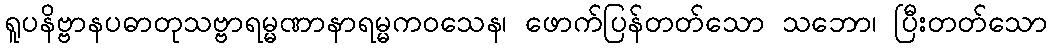
ရူပနိဗ္ဗာနပဓာတုသဗ္ဗာရမ္မဏာနာရမ္မကဝသေန၊ ဖောက်ပြန်တတ်သော သဘော၊ ပြီးတတ်သော